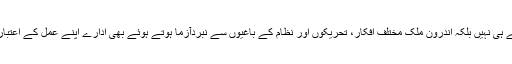
بیرونی دشمنوں سے لڑتے ہوئے ہی نہیں بلکہ اندرون ملک مختلف افکار، تحریکوں اور نظام کے باغیوں سے نبردآزما ہوتے ہوئے بھی ادارے اپنے عمل کے اعتبار سے غیر انسانی بن جاتے ہیں۔